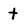
Character: t